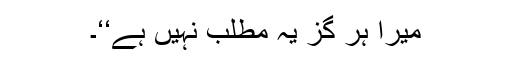
میرا ہر گز یہ مطلب نہیں ہے‘‘۔